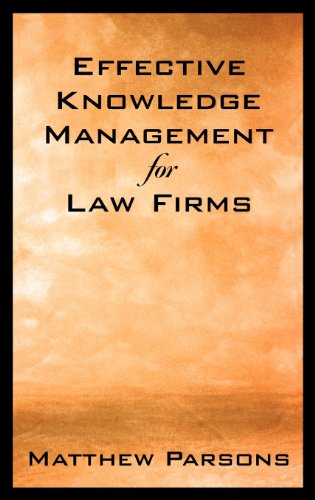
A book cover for Effective Knowledge Management for Law Firms; Matthew Parsons; Law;